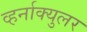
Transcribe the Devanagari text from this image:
व्हर्नाक्‍युलर